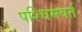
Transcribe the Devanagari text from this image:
पश्चिमवर्त